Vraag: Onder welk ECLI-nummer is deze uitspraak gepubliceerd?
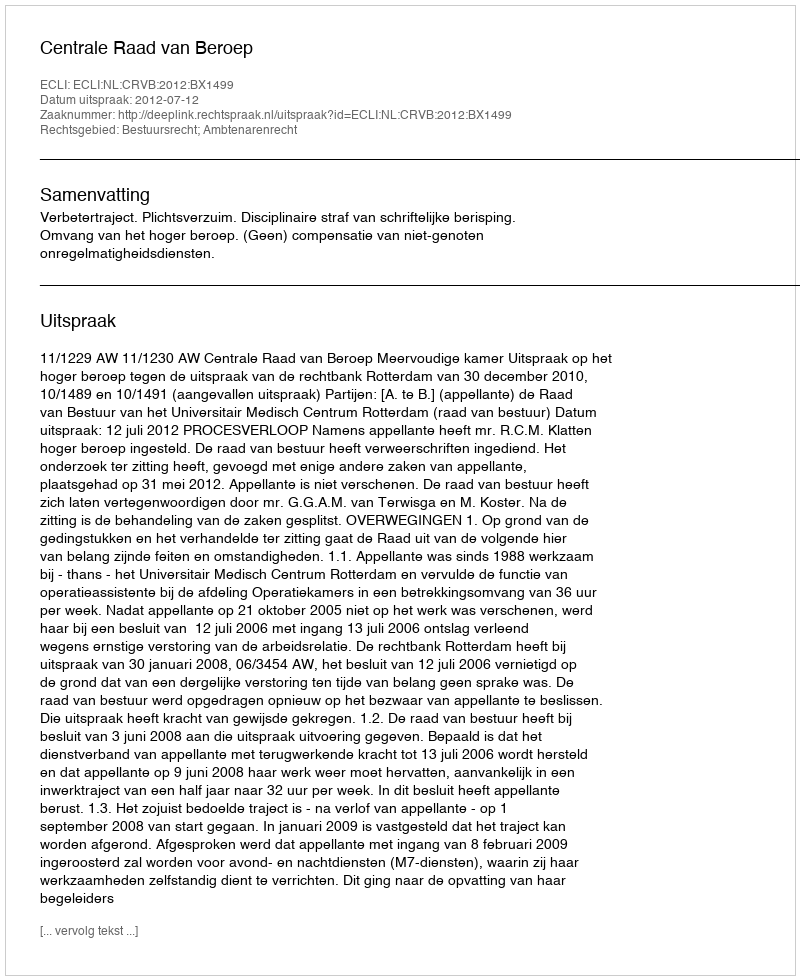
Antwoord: ECLI:NL:CRVB:2012:BX1499